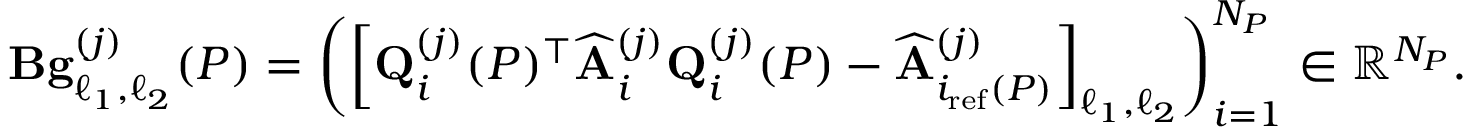
\mathbf { B } \mathbf { g } _ { \ell _ { 1 } , \ell _ { 2 } } ^ { ( j ) } ( P ) = \left( \left[ \mathbf { Q } _ { i } ^ { ( j ) } ( P ) ^ { \top } \widehat { \mathbf { A } } _ { i } ^ { ( j ) } \mathbf { Q } _ { i } ^ { ( j ) } ( P ) - \widehat { \mathbf { A } } _ { i _ { \mathrm { r e f } } ( P ) } ^ { ( j ) } \right] _ { \ell _ { 1 } , \ell _ { 2 } } \right) _ { i = 1 } ^ { N _ { P } } \in \mathbb { R } ^ { N _ { P } } .